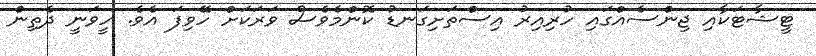
ޓީޝާޓަކާއި ޖިންސެއްގައި ހުރިއިރު އިސްތަށިގަނޑު ކޮންމެވެސް ވަރަކަށް ހޭވިފަ އެވެ. ހީވަނީ ދެތިން